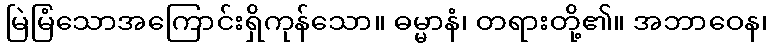
မြဲမြံသောအကြောင်းရှိကုန်သော။ ဓမ္မာနံ၊ တရားတို့၏။ အဘာဝေန၊